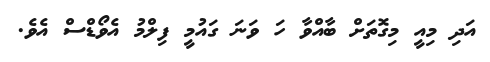
އަދި މިއީ މިގޮތަށް ބާއްވާ ހަ ވަނަ ގައުމީ ފިލްމު އެވޯޑްސް އެވެ.